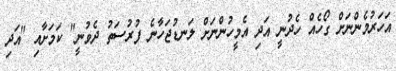
އަހަރުމެންނަށް ގޯހެއް ހެދުނީ އަދި އެމީހުންނަށް ލަނޑުޖަހާނެ ފުރުސަތު ދެވުނީ" ކަމަށާއި "އަދި